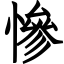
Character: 慘